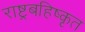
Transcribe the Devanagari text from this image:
राष्ट्रबहिष्कृत